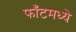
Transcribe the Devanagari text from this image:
फाँटमध्ये